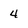
Character: 4